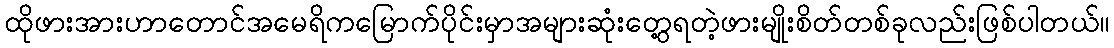
ထိုဖားအားဟာတောင်အမေရိကမြောက်ပိုင်းမှာအများဆုံးတွေ့ရတဲ့ဖားမျိုးစိတ်တစ်ခုလည်းဖြစ်ပါတယ်။